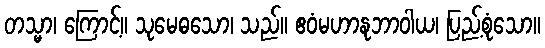
တသ္မာ၊ ကြောင့်။ သုမေဓသော၊ သည်။ ဧဝံမဟာနုဘာဝါယ၊ ပြည့်စုံသော။